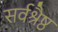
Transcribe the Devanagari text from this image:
सर्वश्रैष्ठ